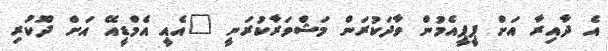
އެ ދާއިރާ އަށް ޕީޕީއެމުން ވާދަކުރަން މަޝްވަރާކުރަނީ "އެއީ އެމްޑީއޭ އަށް ދޫކުރި